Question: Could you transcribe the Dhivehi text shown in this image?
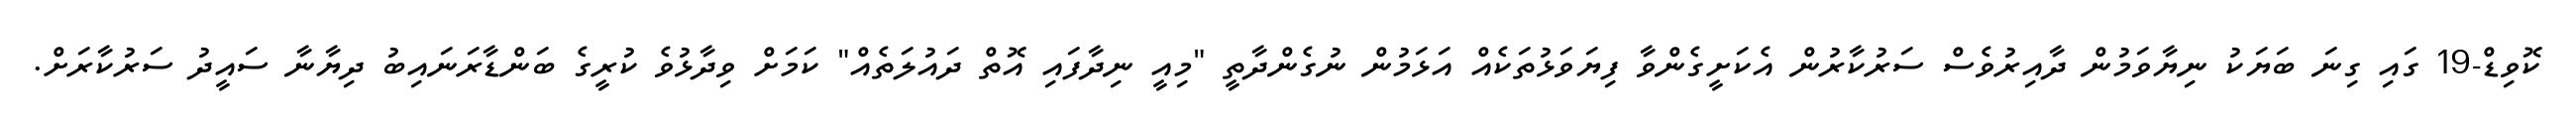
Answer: ކޮވިޑް-19 ގައި ގިނަ ބަޔަކު ނިޔާވަމުން ދާއިރުވެސް ސަރުކާރުން އެކަށީގެންވާ ފިޔަވަޅުތަކެއް އަޅަމުން ނުގެންދާތީ "މިއީ ނިދާފައި އޮތް ދައުލަތެއް" ކަމަށް ވިދާޅުވެ ކުރީގެ ބަންޑާރަނައިބު ދިޔާނާ ސައީދު ސަރުކާރަށް.